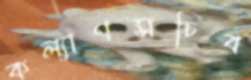
কল্যাণসচিব